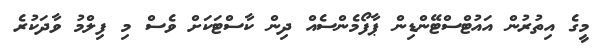
މީގެ އިތުރުން އައުޓްސްޓޭންޑިން ޕާފޯމެންސެއް ދިން ކާސްޓަކަށް ވެސް މި ފިލްމު ވާދަކުރެ